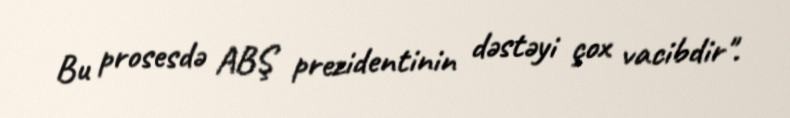
Bu prosesdə ABŞ prezidentinin dəstəyi çox vacibdir".